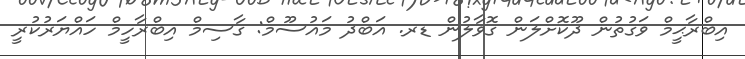
އިބްރާޙީމް ވަގުތުން ދޫކޮށްލަން ގޮވާލުން ޑރ. އަބްދު މައުސޫމް: ގާސިމް އިބްރާހީމް ހައްޔަރުކުރީ